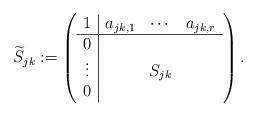
LaTeX: \begin{align*}\widetilde{S}_{jk}:=\left( \begin{array}{c|ccc} 1&a_{jk, 1}&\cdots&a_{jk, r}\\ \hline 0&&& \\ \vdots&&S_{jk}& \\ 0&&& \end{array} \right). \end{align*}